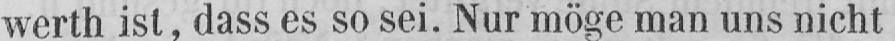
werth ist, dass es so sei. Nur möge man uns nicht